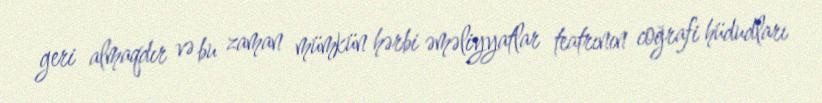
geri almaqdır və bu zaman mümkün hərbi əməliyyatlar teatrının coğrafi hüdudları